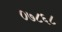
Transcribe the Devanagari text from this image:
०७८६८